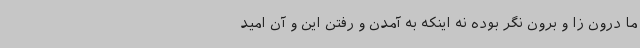
ما درون زا و برون نگر بوده نه اینکه به آمدن و رفتن این و آن امید